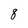
Character: 8